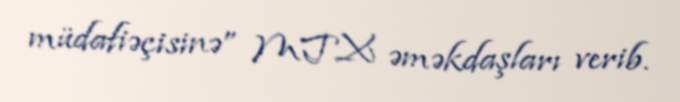
müdafiəçisinə” MTX əməkdaşları verib.